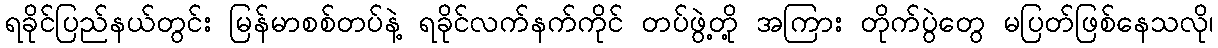
ရခိုင်ပြည်နယ်တွင်း မြန်မာစစ်တပ်နဲ့ ရခိုင်လက်နက်ကိုင် တပ်ဖွဲ့တို့ အကြား တိုက်ပွဲတွေ မပြတ်ဖြစ်နေသလို၊